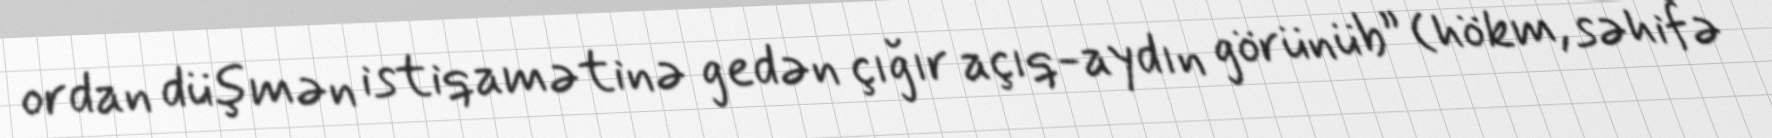
ordan düşmən istiqamətinə gedən çığır açıq-aydın görünüb” (hökm, səhifə